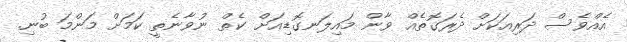
އެއްވެސް ދަރިއަކަށް ދެރަގޮތެއް ވާން މައިލަނގޮޑިއަށް ކެތް ނުވާނެތީ ކަމަށް މަންމަ ބުނި.